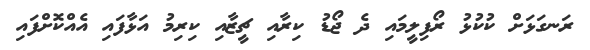
ރަނގަޅަށް ކުކުޅު ރޯފިލީމައި ދެ ޖޯޑު ކިރާއި ޗީޒާއި ކިރިމު އަޅާފައި އެއްކޮށްފައި